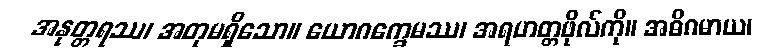
အနုတ္တရဿ၊ အတုမရှိသော။ ယောဂက္ခေမဿ၊ အရဟတ္တဖိုလ်ကို။ အဓိဂမာယ၊